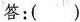
答：( )